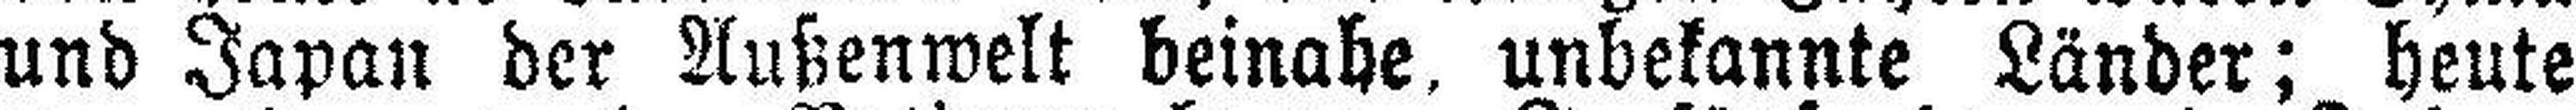
und Japan der Außenwelt beinahe, unbekannte Länder; heute